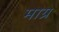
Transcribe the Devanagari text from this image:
माग्र